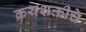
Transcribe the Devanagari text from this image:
क्रयशक्तीचे